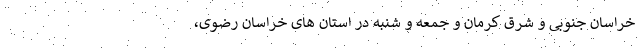
خراسان جنوبی و شرق کرمان و جمعه و شنبه در استان های خراسان رضوی،